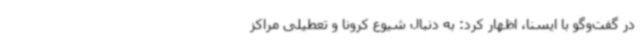
در گفت‌وگو با ایسنا، اظهار کرد: به دنبال شیوع کرونا و تعطیلی مراکز